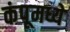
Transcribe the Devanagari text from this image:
कंपूमध्ये